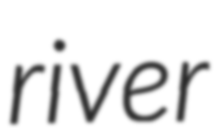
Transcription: river